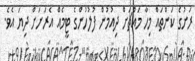
ރަށުގެ ކަންތައް މިހާ މައްޗަށް ދިއުމުން ފުލުހުންގެ ޓީމެއް އެރަށަށް ދިޔަ އެވެ.